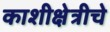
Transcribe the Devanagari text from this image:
काशीक्षेत्रीचे